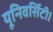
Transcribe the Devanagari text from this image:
यूनिवर्सिटी।